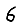
Digit: 6